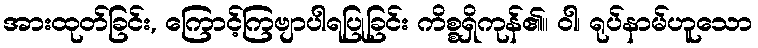
အားထုတ်ခြင်း, ကြောင့်ကြဗျာပါရပြုခြင်း ကိစ္စရှိကုန်၏။ ဝါ၊ ရုပ်နာမ်ဟူသော